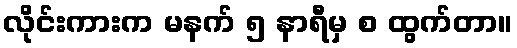
လိုင်းကားက မနက် ၅ နာရီမှ စ ထွက်တာ။